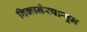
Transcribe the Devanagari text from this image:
बिकानेरपासून